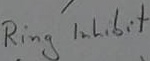
Text: Ring inhibit